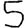
Digit: 5